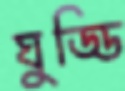
ঘুড্ডি